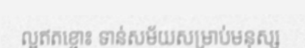
ល្អឥតខ្ចោះ ទាន់សម័យសម្រាប់មនុស្ស